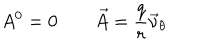
A ^ { 0 } = 0 \qquad \vec { A } = \frac { q } { r } \vec { \nu } _ { \theta }